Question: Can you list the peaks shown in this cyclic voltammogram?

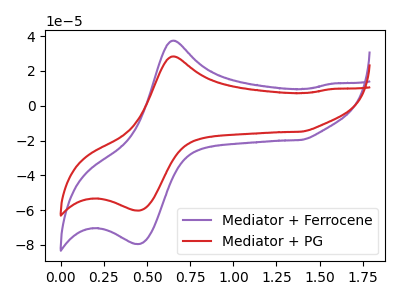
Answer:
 <answer>The purple curve "Mediator + Ferrocene" has an anodic peak at (0.65V, 37.40uA) and a cathodic peak at (0.45V, -79.45uA). The red curve "Mediator + PG" has an anodic peak at (0.65V, 28.35uA) and a cathodic peak at (0.45V, -60.20uA).</answer>
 <eval></eval>